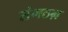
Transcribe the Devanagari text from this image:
संगठऩ